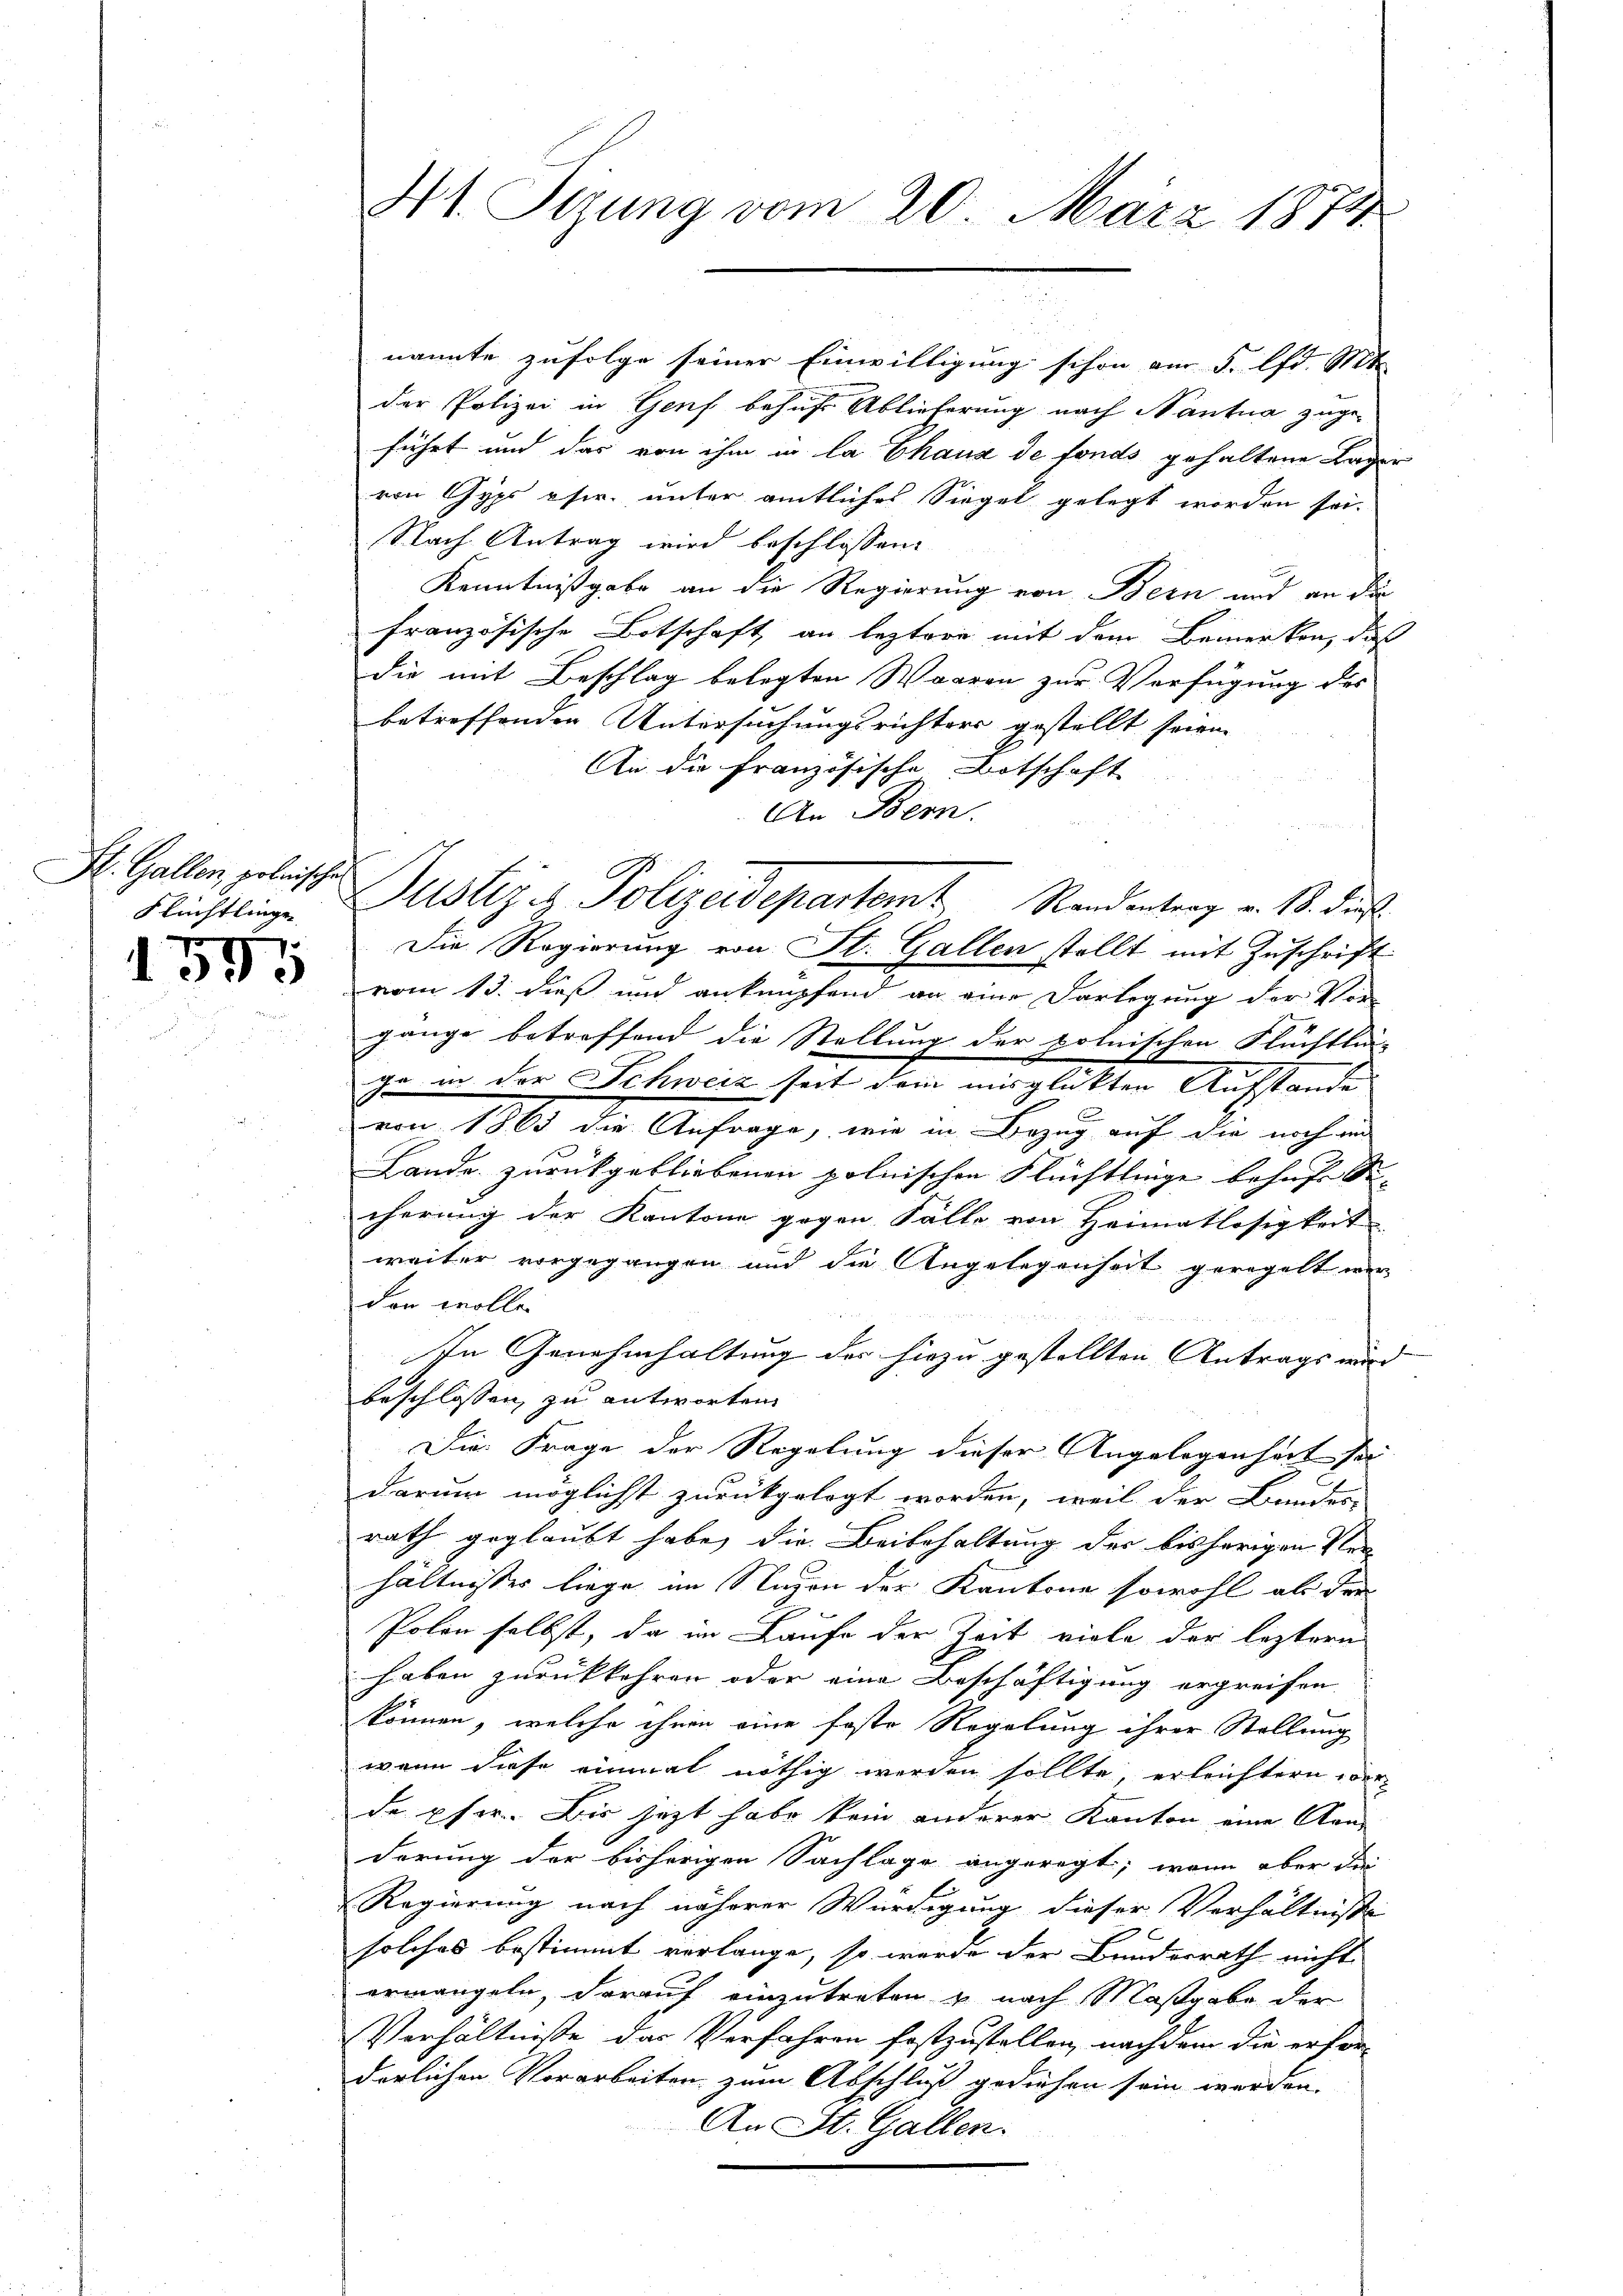
H. Gallen, polnische
Flüchtlinge

575

Nt. Tizung vom 20. März 1874.

nannte zufolge seiner Einwilligung schon am 5. lfd. Mt
der Polizei in Genf behufs Ablieferung nach Nantua zugeführt und das von ihm in la Chaux de fonds gehaltene Lager
von Gyps phir. unter amtliches Siegel gelegt worden sei.
Nach Antrag wird beschlossen:
Kenntnißgabe an die Regierung von Bern und an die
französische Botschaft an leztere mit dem Bemerken, daß
die mit Beschlag belegten Waaren zur Verfügung des
betreffenden Untersuchungsrichters gestellt seien.
An die Französische Botschaft
An Bern.
Die Regierung von St. Gallen stellt mit Zuschrift
vom 13. dieß und anknüpfend an eine Darlegung der Vor-
gange betreffend die Stellung der polnischen Flüchtlin-
ge in der Schweiz seit dem misglückten Aufstande
von 1863 die Anfrage, wie in Bezug auf die noch im
Lande zurückgebliebenen polnischen Flüchtlinge behufe Se-
cherung der Kantone gegen Fälle von Heimatlosigkeit
weiter vorgegangen und die Angelegenheit geregelt werdon wolle.
In Genehmhaltung der hiezu gestellten Antrags wird
beschlossen zu antworten
Die Frage der Regelung dieser Angelegenheit sei
darum möglicht zurückgelegt worden, weil der Bundes-
rath geglaubt habe, die Beibehaltung der bisherigen Verhältnisses liege im Nayon der Kantone sowohl als der
Polon selbst, da im Laufe der Zeit viele der leztern
haben zurückkehren oder eine Beschäftigung ergreifen,
können, welche ihnen eine foste Regelung ihrer Stellung
wenn diese einmal nöthig werden sollte, erleichtern vor
de pfer. Bis jetzt habe kein anderer Kanton eine Kan-
derung der bisherigen Sachlage angeregt; wenn aber die
E
Regierung nach näherer Würdigung dieser Verhältnisse
solches bestimmt vorlange, so werde der Bundesrath nicht
ermangeln, darauf einzutreten u nach Maßgabe der
Verhältnisse das Verfahren festzustellen, nachdem die erfor-
derlichen Vorarbeiten zum Abschluß gediehen sein werden.
An St. Gallen.

Justiz & Polizeidepartamt Standentrag v. M. die